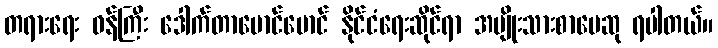
တရားရေး ဝန်ကြီး ဒေါက်တာမောင်မောင် နိုင်ငံရေးဆိုင်ရာ အမျိုးသားစာပေဆု ရပါတယ်။